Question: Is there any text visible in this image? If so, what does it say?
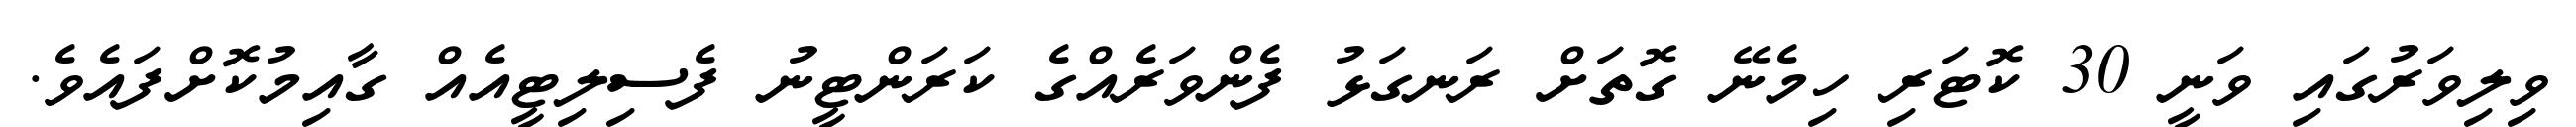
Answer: ވިލިވަރުގައި ވަނީ 30 ކޮޓަރި ހިމެނޭ ގޮތަށް ރަނގަޅު ފެންވަރެއްގެ ކަރަންޓީނު ފެސިލިޓީއެއް ގާއިމުކޮށްފައެވެ.